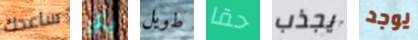
ساعدك يكن طويل حقا يجذب يوجد